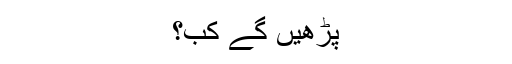
پڑھیں گے کب؟